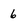
Character: 6